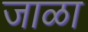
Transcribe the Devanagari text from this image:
जाळा